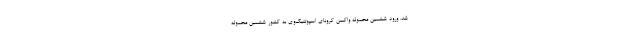
شد. ورود ششمین محموله واکسن کرونای اسپوتنیک‌‌وی به کشور ششمین محموله